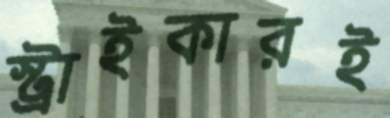
স্ট্রাইকারই